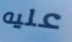
عليه